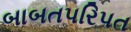
બાબતપરિપત